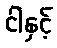
ငါနှင့်